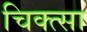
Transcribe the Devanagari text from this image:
चिक्त्सा